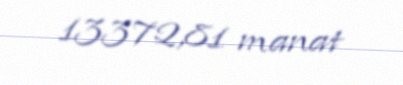
13372,81 manat